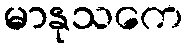
မာနုသကေ